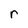
Character: r